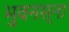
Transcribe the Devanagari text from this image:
भुवनस्ना